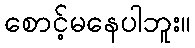
စောင့်မနေပါဘူး။